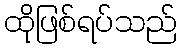
ထိုဖြစ်ရပ်သည်